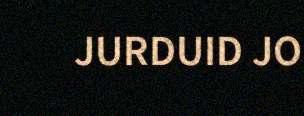
JURDUID JO